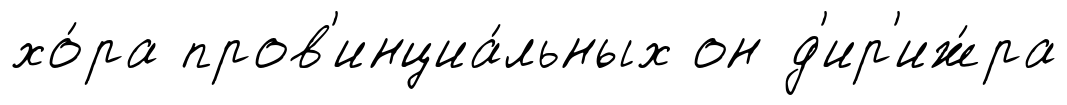
хо́ра пров'инциа́льных он д'ир'иж́ра